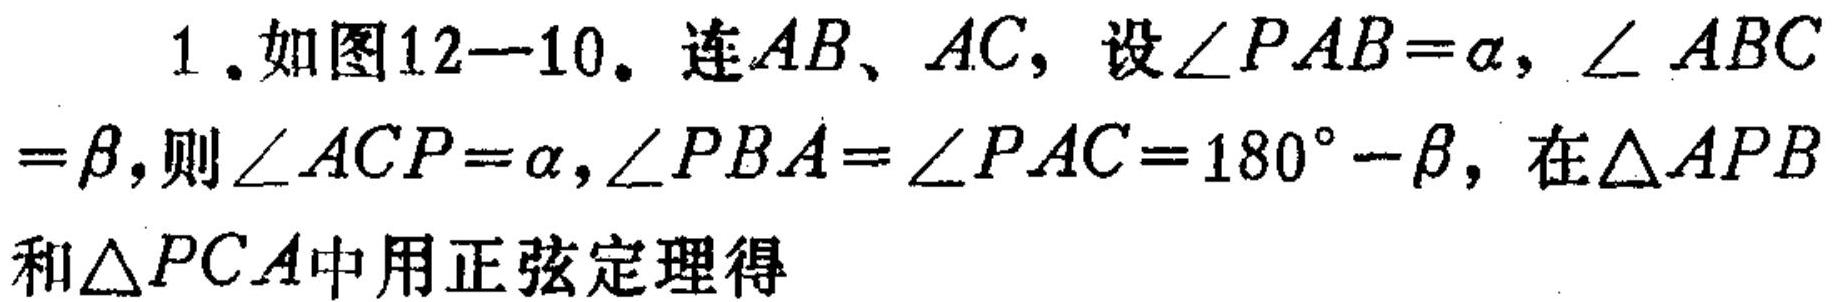
1. 如图12—10. 连\(AB\)、\(AC\)，设\(\angle PAB=\alpha\)，\(\angle ABC=\beta\)，则\(\angle ACP=\alpha\)，\(\angle PBA=\angle PAC = 180^{\circ}-\beta\)，在\(\triangle APB\)和\(\triangle PCA\)中用正弦定理得